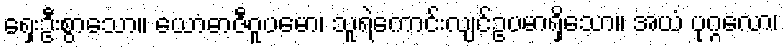
ရှေးဦးစွာသော။ ယောဓာဇီဝူပမော၊ သူရဲကောင်းလျင်ဥပမာရှိသော။ အယံ ပုဂ္ဂလော၊